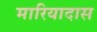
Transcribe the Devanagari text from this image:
मारियादास